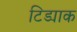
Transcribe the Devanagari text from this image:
टिड्याक